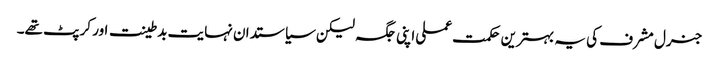
جنرل مشرف کی یہ بہترین حکمت عملی اپنی جگہ لیکن سیاستدان نہایت بدطینت اور کرپٹ تھے۔